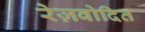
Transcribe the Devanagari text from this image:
रेज़वोदित